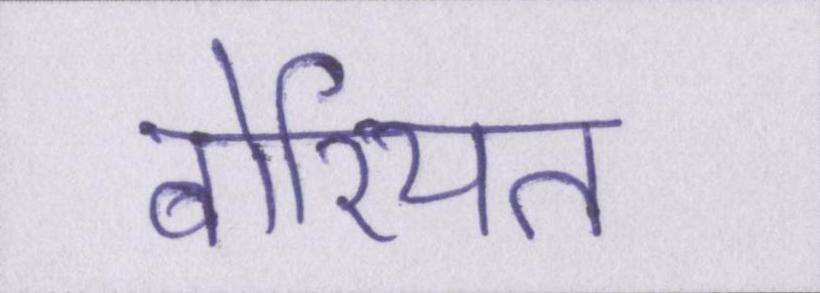
बोरियत